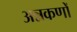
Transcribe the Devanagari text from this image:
अन्नकणों